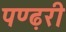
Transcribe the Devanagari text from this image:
पण्ढ़री